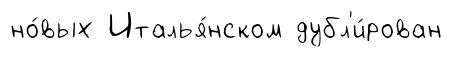
но́вых Италья́нском дубл'и́рован